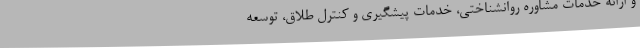
و ارائه خدمات مشاوره روانشناختی، خدمات پیشگیری و کنترل طلاق، توسعه